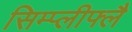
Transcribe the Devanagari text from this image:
सिम्प्लीफ्लै